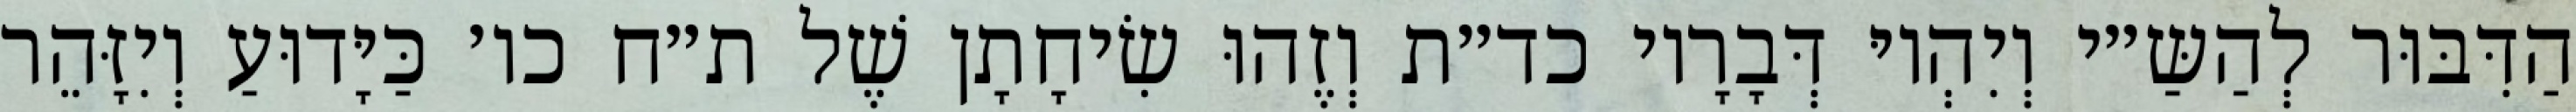
הַדִּבּוּר לְהַשַּ״י וְיִהְיוּ דְּבָרָיו כד״ת וְזֶהוּ שִׂיחָתָן שֶׁל ת״ח כו׳ כַּיָּדוּעַ וְיִזָּהֵר